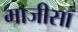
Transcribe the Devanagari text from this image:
माजीसा